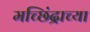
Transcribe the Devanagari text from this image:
मच्छिंद्राच्या